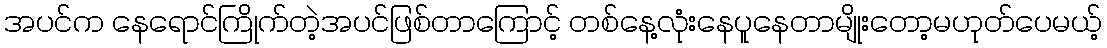
အပင်က နေရောင်ကြိုက်တဲ့အပင်ဖြစ်တာကြောင့် တစ်နေ့လုံးနေပူနေတာမျိုးတော့မဟုတ်ပေမယ့်